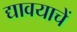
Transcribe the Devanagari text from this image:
द्यावयाचें